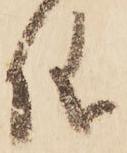
儀